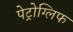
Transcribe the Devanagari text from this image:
पेट्रोग्लिफ